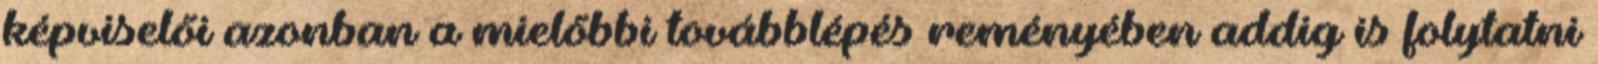
képviselői azonban a mielőbbi továbblépés reményében addig is folytatni